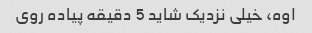
اوه، خیلی نزدیک شاید 5 دقیقه پیاده روی